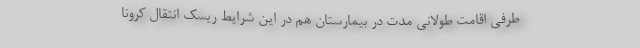
طرفی اقامت طولانی مدت در بیمارستان هم در این شرایط ریسک انتقال کرونا